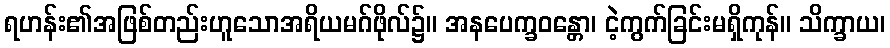
ရဟန်း၏အဖြစ်တည်းဟူသောအရိယမဂ်ဖိုလ်၌။ အနပေက္ခဝန္တော၊ ငဲ့ကွက်ခြင်းမရှိကုန်။ သိက္ခာယ၊